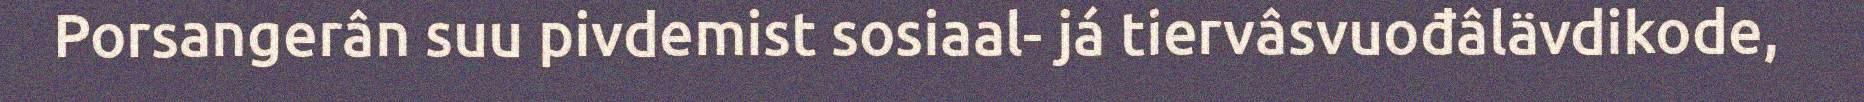
Porsangerân suu pivdemist sosiaal- já tiervâsvuođâlävdikode,